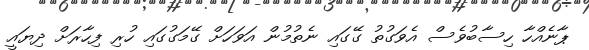
ޕާނެއްހާ ހިސާބުވެސް އެވަގުތު ގޭގައި ނެތުމުން އަވަހަށް ގޭމަގުގައި ހުރި ފިހާރަށް ދިޔައީ